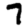
Digit: 7